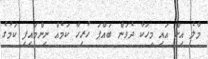
މާލެ އިން އައި މީހަކާ ދެވަން ބައްޕަ ހުރިހާ ކަމެއް ނިންމައިފި ކަމުގެ